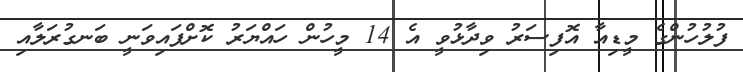
ފުލުހުންގެ މީޑިއާ އޮފިސަރު ވިދާޅުވީ އެ 14 މީހުން ހައްޔަރު ކޮށްފައިވަނީ ބަނގުރަލާއި